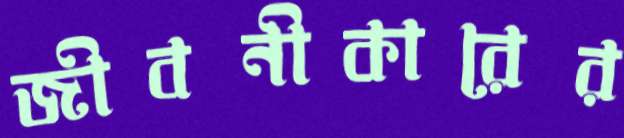
জীবনীকারের